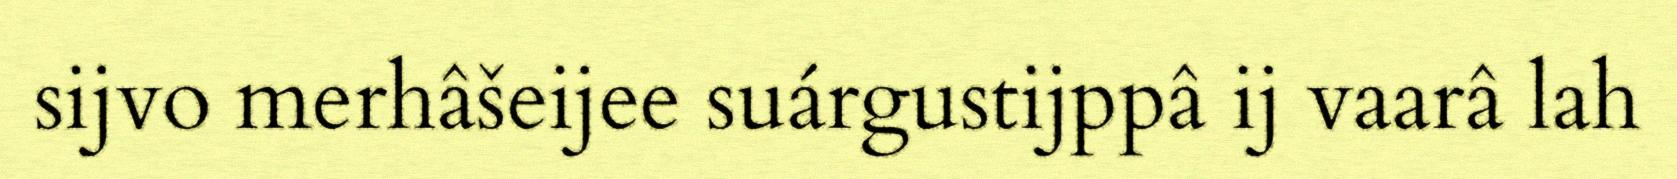
sijvo merhâšeijee suárgustijppâ ij vaarâ lah